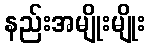
နည်းအမျိုးမျိုး